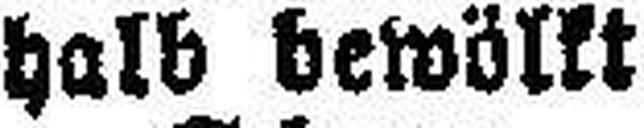
halb bewölkt